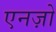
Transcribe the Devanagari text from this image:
एनज़ो